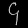
Digit: ၄